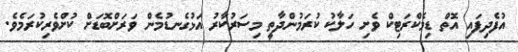
އުފެދިފައި އޮތް ޑިމެކްރަޓިކް ވެށި ހަލާކު ކުރަމުންދާތީ މިސަރުކާރު އަޅުގެނޑުމެން ވަރަށްބޮޑަށް ކުށްވެރިކުރަމެވެ.